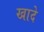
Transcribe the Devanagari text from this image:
खादे